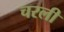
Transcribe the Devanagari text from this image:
चरली